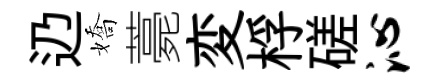
辸嬌薧変桴磋沁